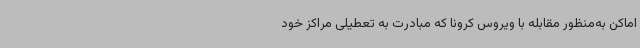
اماکن به‌منظور مقابله با ویروس کرونا که مبادرت به تعطیلی مراکز خود